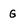
Character: G